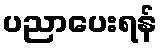
ပညာပေးရန်